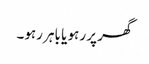
گھر پر رہو یا باہر رہو۔